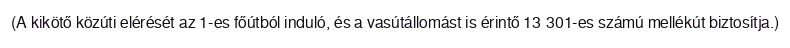
(A kikötő közúti elérését az 1-es főútból induló, és a vasútállomást is érintő 13 301-es számú mellékút biztosítja.)